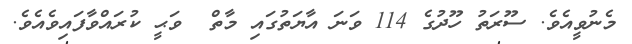
މެނުވީއެވެ. ސޫރަތު ހޫދުގެ 114 ވަނަ އާޔަތުގައި މާތް  ވަޙީ ކުރައްވާފައިވެއެވެ.